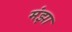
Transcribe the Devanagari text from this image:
मंझा